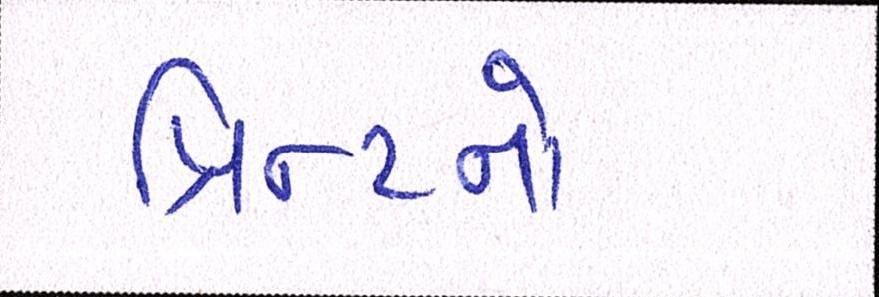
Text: પ્રિન્ટનો